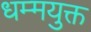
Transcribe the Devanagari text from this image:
धम्मयुक्त